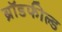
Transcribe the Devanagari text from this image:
ब्रॉडफील्ड